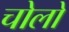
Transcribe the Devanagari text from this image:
चोलो